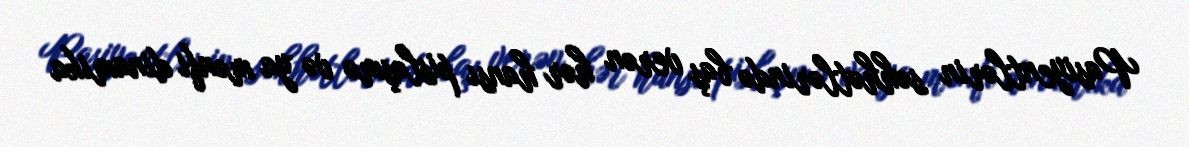
Pasiyentlərin səhhətlərində baş verən hər hansı pisləşmə və ya mənfi dinamika